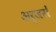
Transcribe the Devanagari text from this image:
अर्जरों